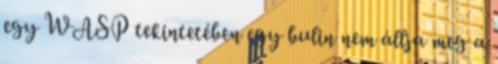
egy WASP tekintetében egy bulin nem állja meg a